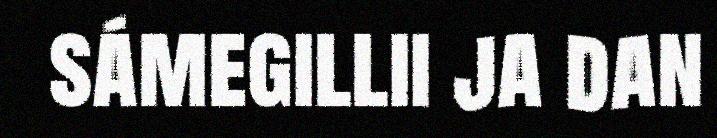
sámegillii ja dan